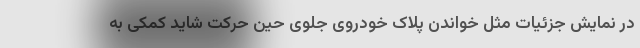
در نمایش جزئیات مثل خواندن پلاک خودروی جلوی حین حرکت شاید کمکی به